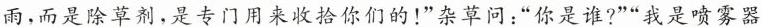
雨，而是除草剂，是专门用来收拾你们的！”杂草问：”你是谁?””我是喷雾器